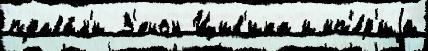
права́м'и З'енон Цив'ика имп'е́р'иjа